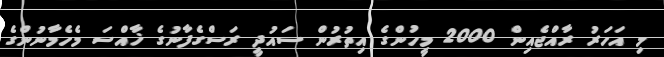
މި އަހަރު ރާއްޖެއިން 2000 މީހުންގެ އިތުރުން ސައުދީ ރަސްގެފާނުގެ ޚާއްސަ މެހެމާނުންގެ